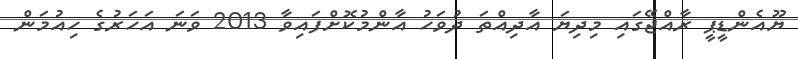
ޔޫއެންޑީޕީ ރާއްޖޭގައި މިދިޔަ އާދިއްތަ ދުވަހު އާންމުކޮށްފައިވާ 2013 ވަނަ އަހަރުގެ ހިއުމަން